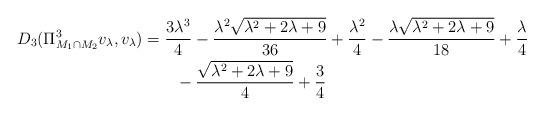
LaTeX: \begin{align*} \begin{aligned} D_{3}(\Pi^{3}_{M_1\cap M_2}v_\lambda, v_\lambda) &= \frac{3 \lambda^{3}}{4} - \frac{\lambda^{2} \sqrt{\lambda^{2} + 2 \lambda + 9}}{36} + \frac{\lambda^{2}}{4} - \frac{\lambda \sqrt{\lambda^{2} + 2 \lambda + 9}}{18} + \frac{\lambda}{4}\\ & \qquad - \frac{\sqrt{\lambda^{2} + 2 \lambda + 9}}{4} + \frac{3}{4} \end{aligned} \end{align*}